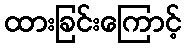
ထားခြင်းကြောင့်